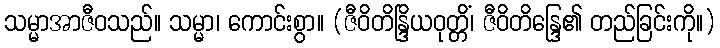
သမ္မာအာဇီဝသည်။ သမ္မာ၊ ကောင်းစွာ။ (ဇီဝိတိန္ဒြိယဝုတ္တိံ၊ ဇီဝိတိန္ဒြေ၏ တည်ခြင်းကို။)